Civil Veterinary Department Bihar reports 1936-40 - 1936-1940
Year: 1936
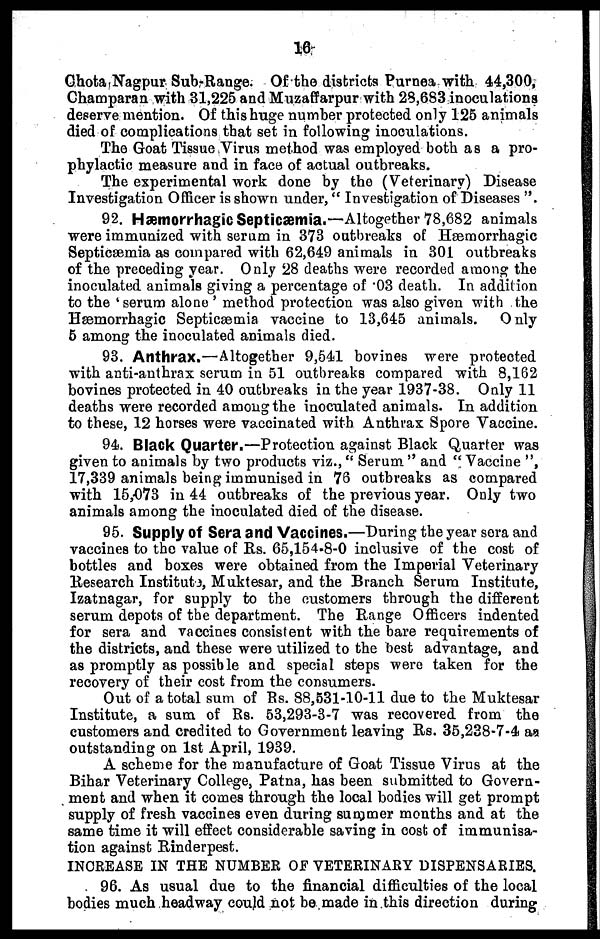
16
Chota Nagpur Sub-Range. Of the districts Purnea with 44,300,
Champaran with 31,225 and Muzaffarpur with 28,683 inoculations
deserve mention. Of this huge number protected only 125 animals
died of complications that set in following inoculations.
The Goat Tissue Virus method was employed both as a pro-
phylactic measure and in face of actual outbreaks.
The experimental work done by the (Veterinary) Disease
Investigation Officer is shown under, "Investigation of Diseases ".
92. Hæmorrhagic Septicæmia.—Altogether 78,682 animals
were immunized with serum in 373 outbreaks of Hæmorrhagic
Septicæmia as compared with 62,649 animals in 301 outbreaks
of the preceding year. Only 28 deaths were recorded among the
inoculated animals giving a percentage of .03 death. In addition
to the 'serum alone' method protection was also given with the
Hæmorrhagic Septicæmia vaccine to 13,645 animals.
Only
5 among the inoculated animals died.
93. Anthrax.—Altogether 9,541 bovines were protected
with anti-anthrax serum in 51 outbreaks compared with 8,162
bovines protected in 40 outbreaks in the year 1937-38. Only 11
deaths were recorded among the inoculated animals. In addition
to these, 12 horses were vaccinated with Anthrax Spore Vaccine.
94. Black Quarter.—Protection against Black Quarter was
given to animals by two products viz., "Serum" and "Vaccine",
17,339 animals being immunised in 76 outbreaks as compared
with 15,073 in 44 outbreaks of the previous year. Only two
animals among the inoculated died of the disease.
95. Supply of Sera and Vaccines.—During the year sera and
vaccines to the value of Rs. 65,154-8-0 inclusive of the cost of
bottles and boxes were obtained from the Imperial Veterinary
Research Institute, Muktesar, and the Branch Serum Institute,
Izatnagar, for supply to the customers through the different
serum depots of the department. The Range Officers indented
for sera and vaccines consistent with the bare requirements of
the districts, and these were utilized to the best advantage, and
as promptly as possible and special steps were taken for the
recovery of their cost from the consumers.
Out of a total sum of Rs. 88,531-10-11 due to the Muktesar
Institute, a sum of Rs. 53,293-3-7 was recovered from the
customers and credited to Government leaving Rs. 35,238-7-4 aa
outstanding on 1st April, 1939.
A scheme for the manufacture of Goat Tissue Virus at the
Bihar Veterinary College, Patna, has been submitted to Govern-
ment and when it comes through the local bodies will get prompt
supply of fresh vaccines even during summer months and at the
same time it will effect considerable saving in cost of immunisa-
tion against Rinderpest.
INCREASE IN THE NUMBER OF VETERINARY DISPENSARIES.
96. As usual due to the financial difficulties of the local
bodies much headway could not be made in this direction during